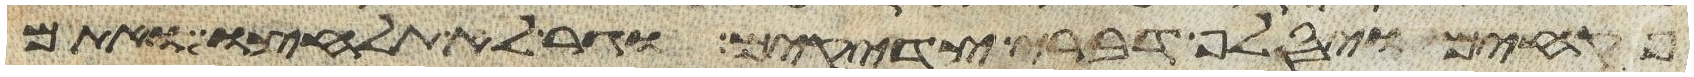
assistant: פקחים ויסלף דברי צדקים וגר לא תלחצו ואתם